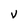
Character: V